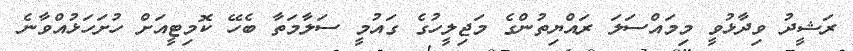
ރަޝީދު ވިދާޅުވީ މިމައްސަލަ ރައްޔިތުންގެ މަޖިލީހުގެ ގައުމީ ސަލާމަތާ ބެހޭ ކޮމިޓީއަށް ހުށަހަޅުއްވާނެ